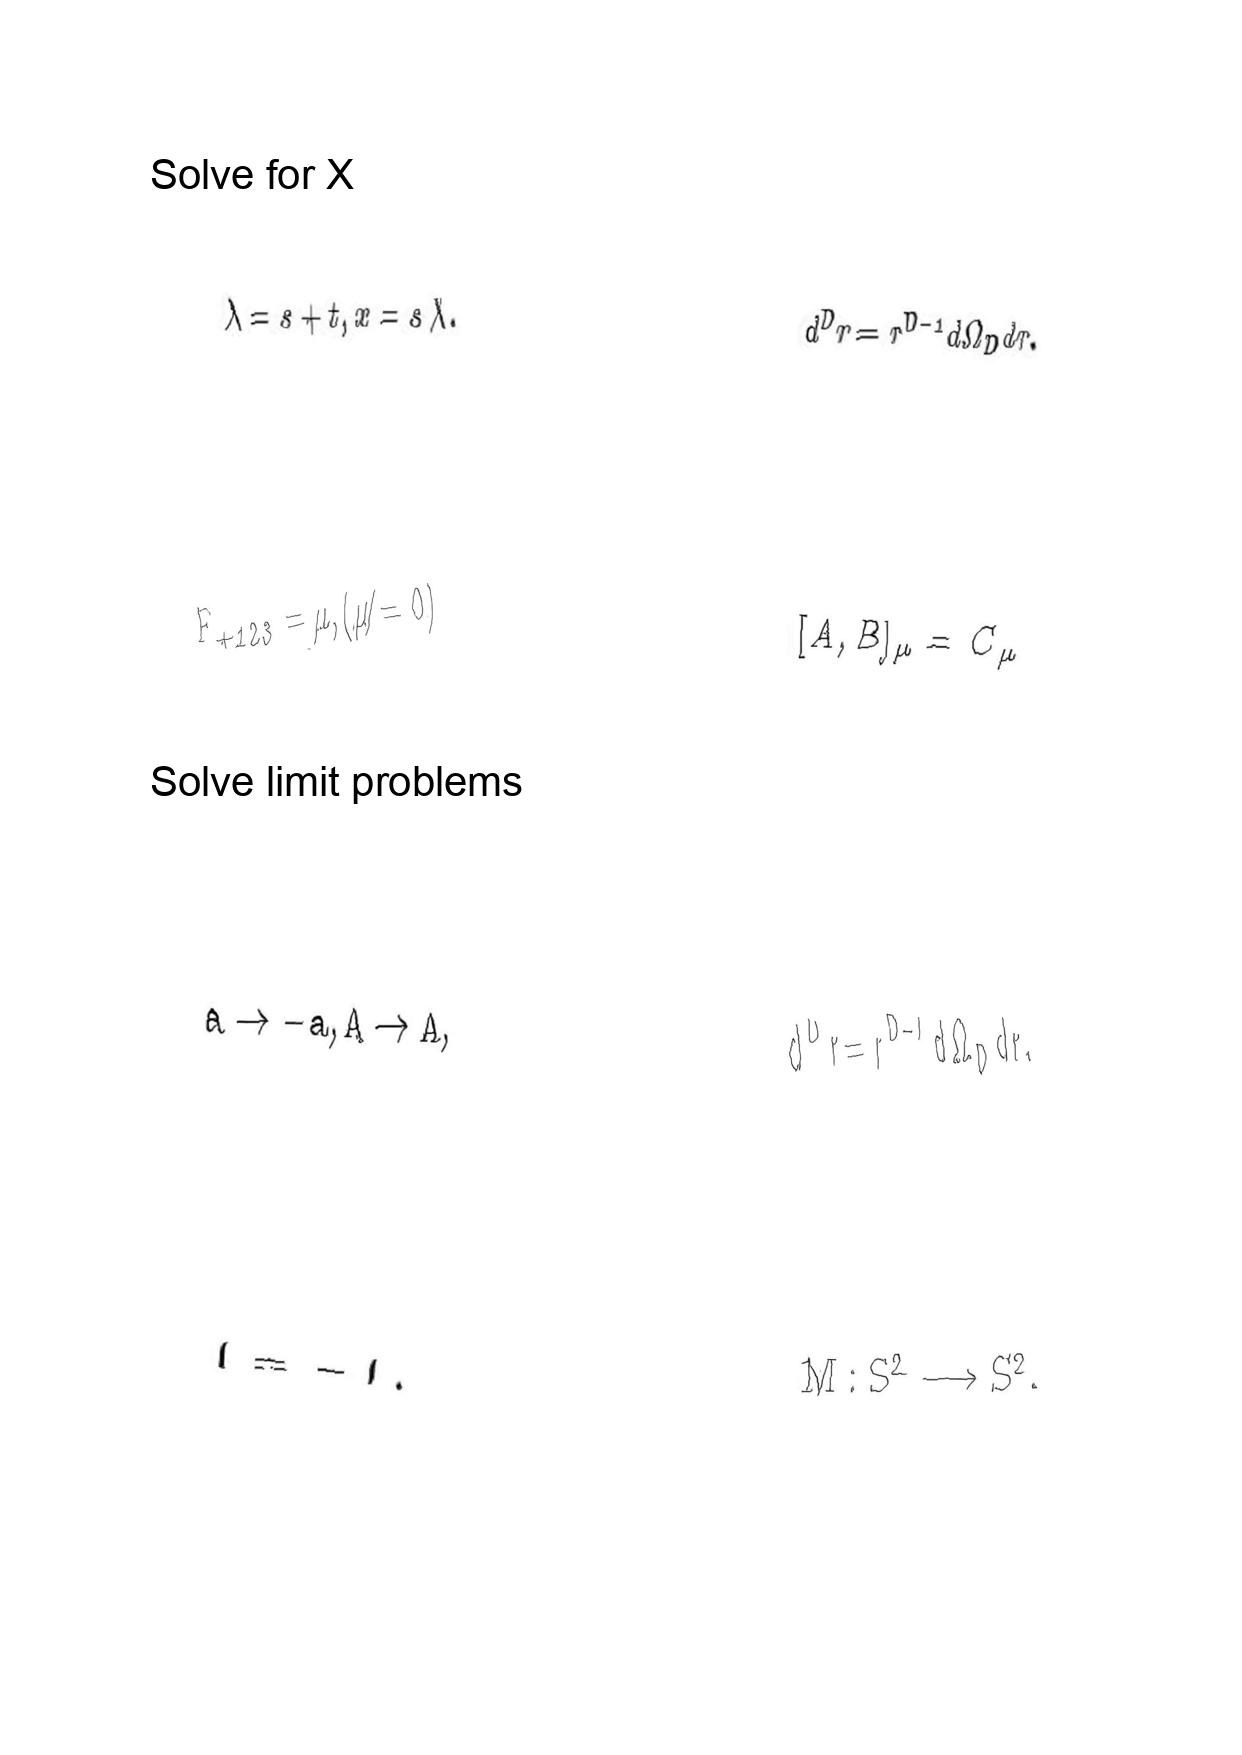
LaTeX transcription:
\lambda = s + t , x = s / \lambda .
F _ { + 1 2 3 } = \mu , \lparen \mu \neq 0 \rparen
a \rightarrow - a , A \rightarrow A ,
I = - I .
d ^ { D } r = r ^ { D - 1 } d \Omega _ { D } d r .
\lbrack A , B \rbrack _ { \mu } = C _ { \mu }
d ^ { D } r = r ^ { D - 1 } d \Omega _ { D } d r .
M : S ^ { 2 } \longrightarrow S ^ { 2 } .